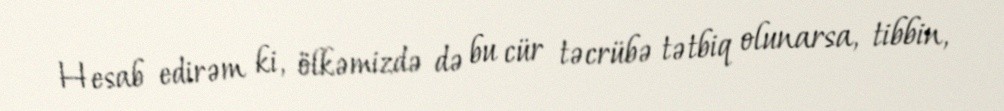
Hesab edirəm ki, ölkəmizdə də bu cür təcrübə tətbiq olunarsa, tibbin,